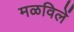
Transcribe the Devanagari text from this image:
मळविलें